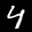
Label: 4